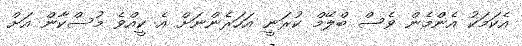
އެކަމަކު އެންމެން ވެސް ބްލޭމް ކުރަނީ އަހަރެންނަށް އެ ކީއްވެ މުސްކާން އަށް